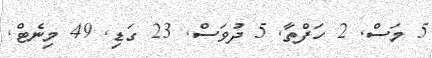
5 މަސް